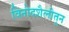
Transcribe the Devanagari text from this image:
विनोदशैलीतून